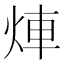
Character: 𤉖